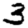
Digit: 3